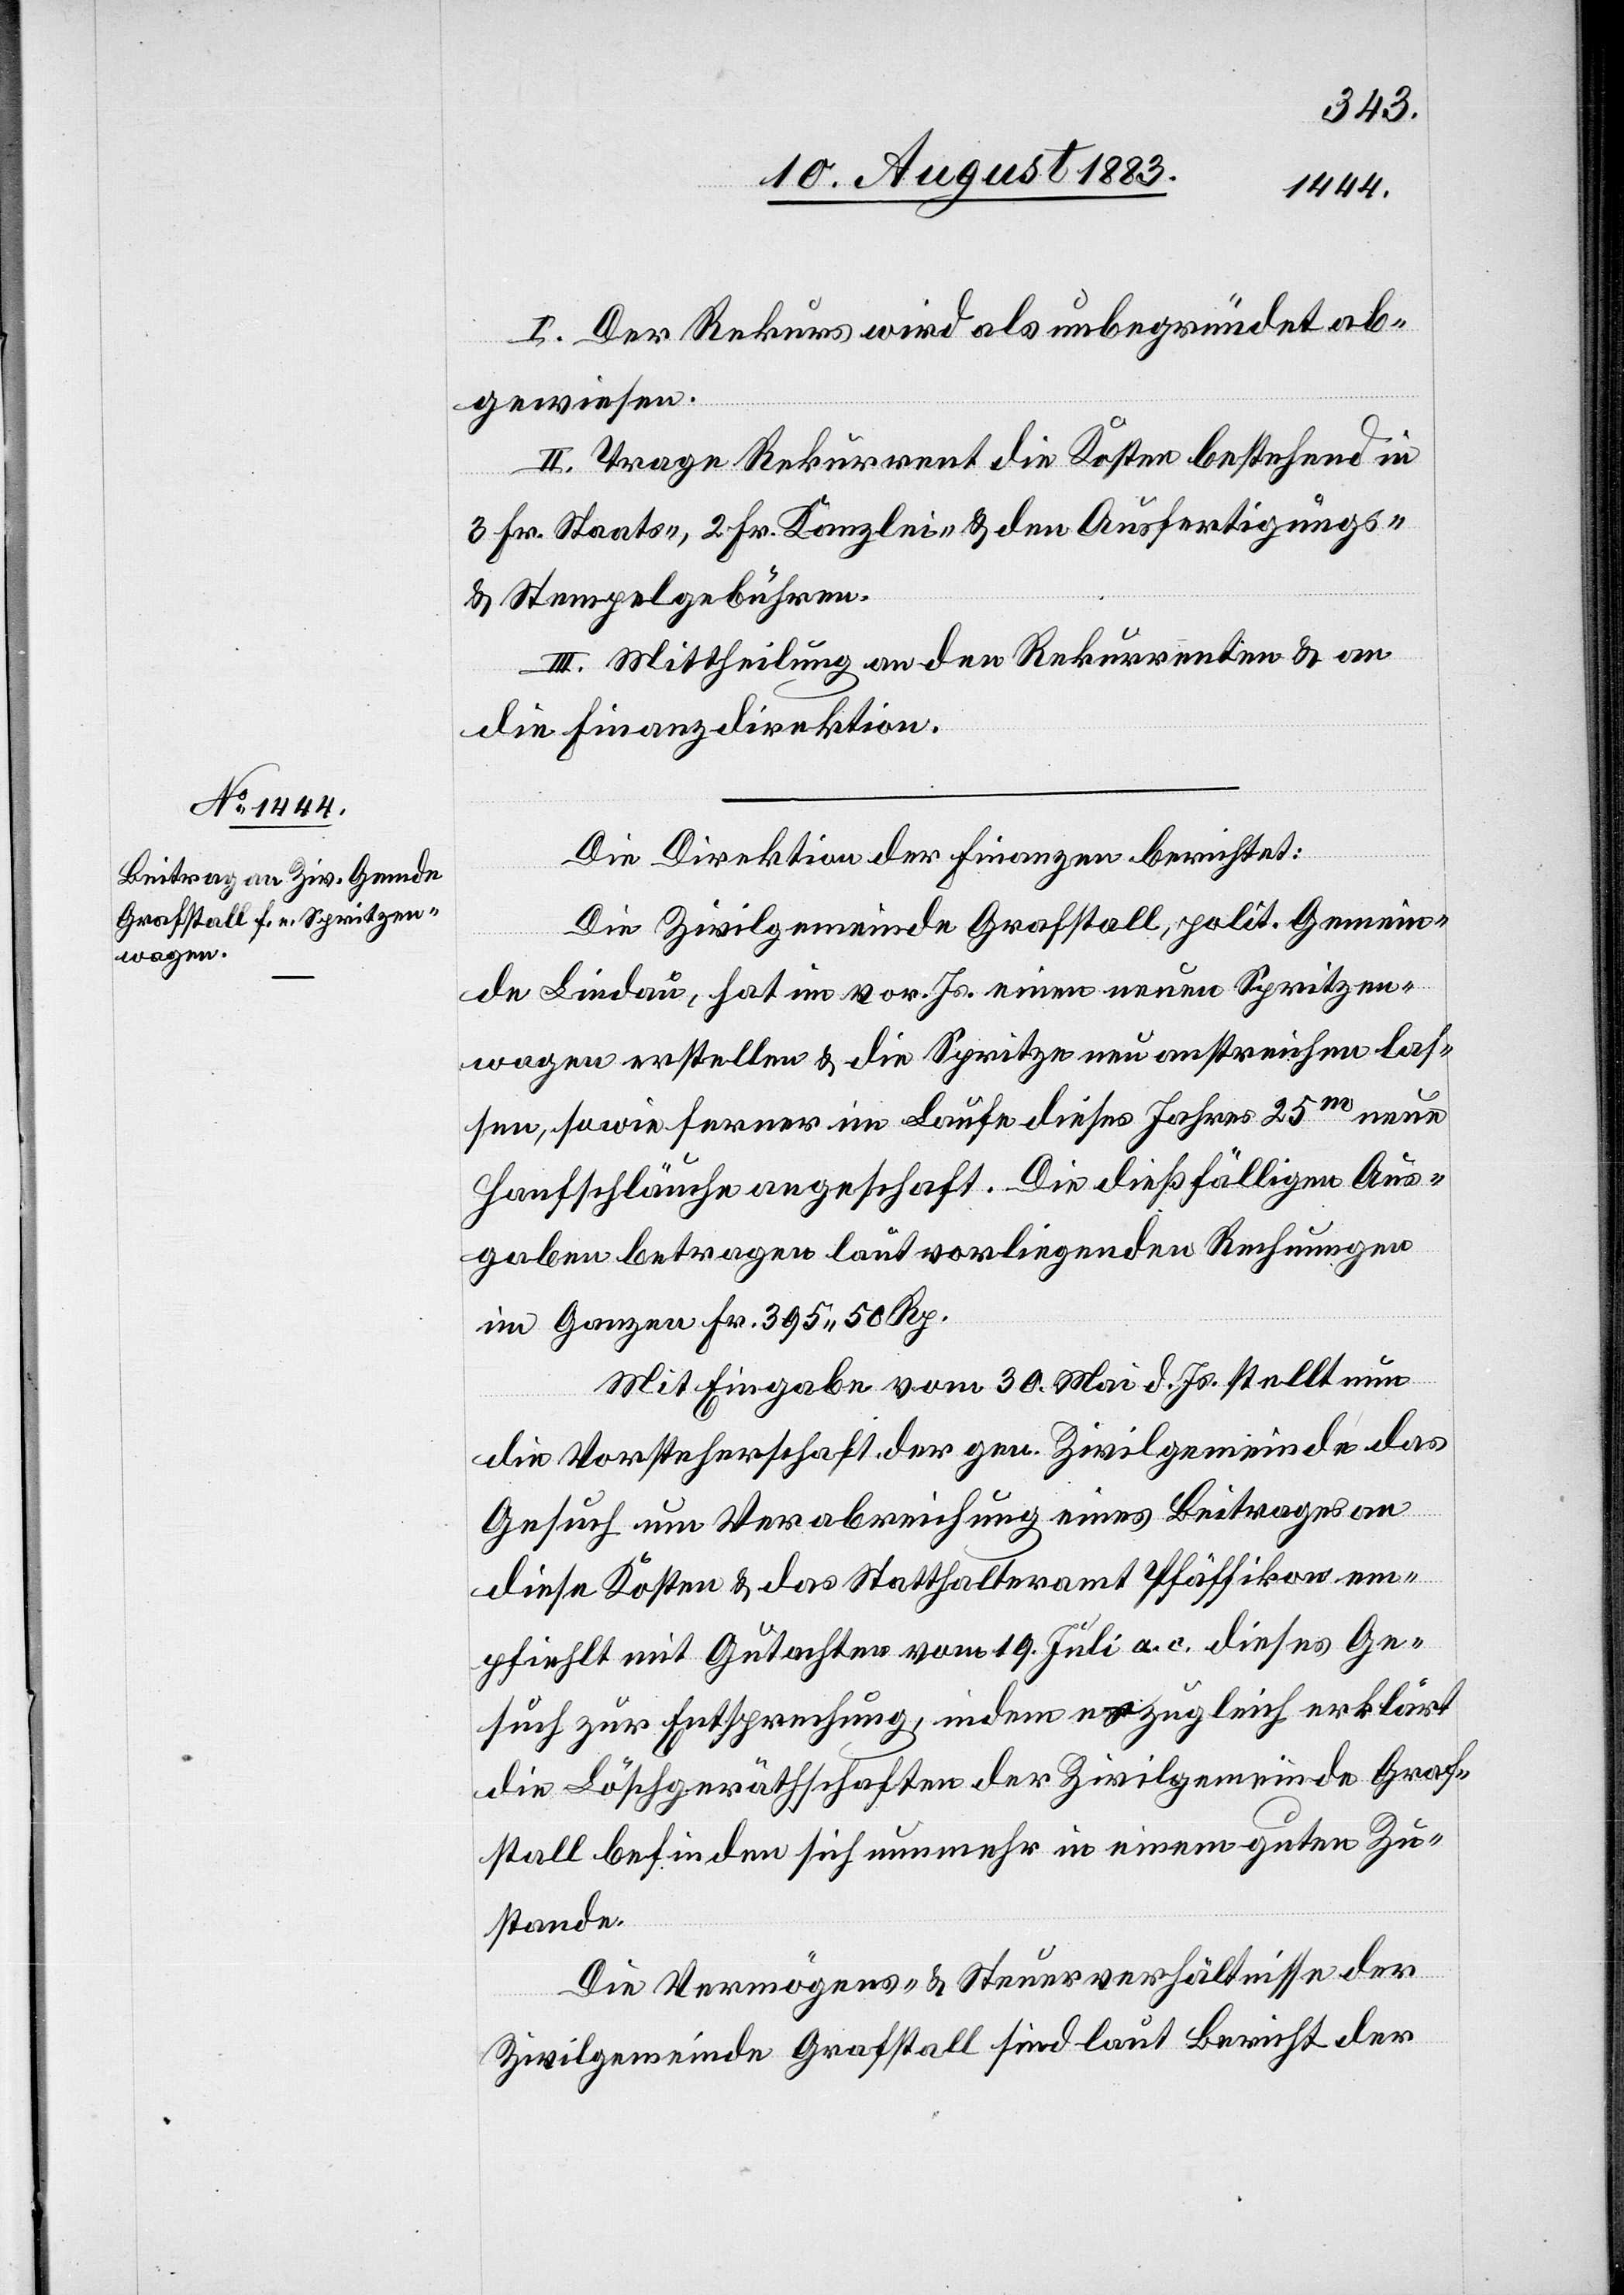
I. Der Rekurs wird als unbegründet ab¬
gewiesen.
II. Trage Rekurrent die Kosten bestehend in
3 Fr. Staats-, 2 Fr. Kanzlei- & den Ausfertigungs-
& Stempelgebühren.
III. Mittheilung an den Rekurrenten & an
die Finanzdirektion.
Die Direktion der Finanzen berichtet:
Die Zivilgemeinde Grafstall, polit. Gemein¬
de Lindau, hat im vor. Js. [sic!] einen neuen Spritzen¬
wagen erstellen & die Spritze neu anstreichen las¬
sen, sowie ferner im Laufe dieses Jahres 25m neue
Hanfschläuche angeschaf[f]t. Die dießfälligen Aus¬
gaben betragen laut vorliegenden Rechnungen
im Ganzen Fr. 395 50 Rp.
Mit Eingabe vom 30. Mai d. Js. stellt nun
die Vorsteherschaft der gen. Zivilgemeinde das
Gesuch um Verabreichung eines Beitrages an
diese Kosten & das Statthalteramt Pfäffikon em¬
pfiehlt mit Gutachten vom 19. Juli a. c. dieses Ge¬
such zur Entsprechung, indem es zugleich erklärt
die Löschgeräthschaften der Zivilgemeinde Graf¬
stall befinden sich nunmehr in einem guten Zu¬
stande.
Die Vermögens- & Steuerverhältnisse der
Zivilgemeinde Grafstall sind laut Bericht der